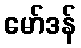
မော်ဒန်